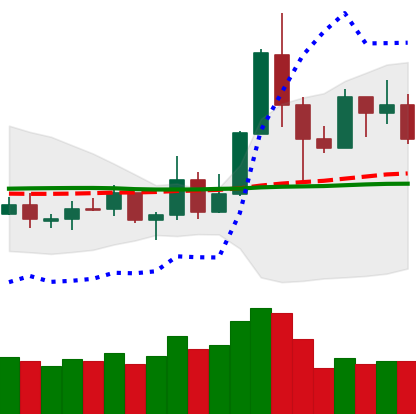
Ticker: TRX-USD
Chart end date: 2019-05-22
Forward return: 28.633%
Label: up_7plus